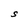
Character: S